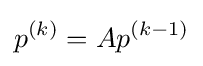
p^{(k)}=Ap^{(k-1)}